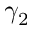
\gamma _ { 2 }